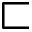
\sqsubset